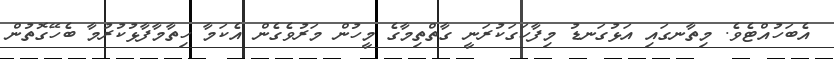
އެބަހުއްޓެވެ. މިތާނގައި އަޅުގަނޑު މިފާހަގަކުރަނީ ގާތްތިމާގެ މީހުން މަރުވެގެން އެކަމާ ހިތާމާފާޅުކުރުމާ ބެހޭގޮތުން